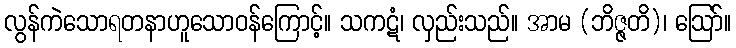
လွန်ကဲသောရတနာဟူသောဝန်ကြောင့်။ သကဋံ၊ လှည်းသည်။ အာမ (ဘိဇ္ဇတိ)၊ ဩော်။